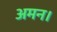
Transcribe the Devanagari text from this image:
अमन।